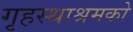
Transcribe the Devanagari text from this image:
गृहस्थाश्रमको